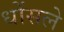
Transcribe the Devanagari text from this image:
धोंसले